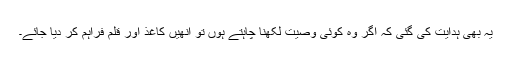
یہ بھی ہدایت کی گئی کہ اگر وہ کوئی وصیت لکھنا چاہتے ہوں تو انھیں کاغذ اور قلم فراہم کر دیا جائے۔